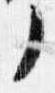
了